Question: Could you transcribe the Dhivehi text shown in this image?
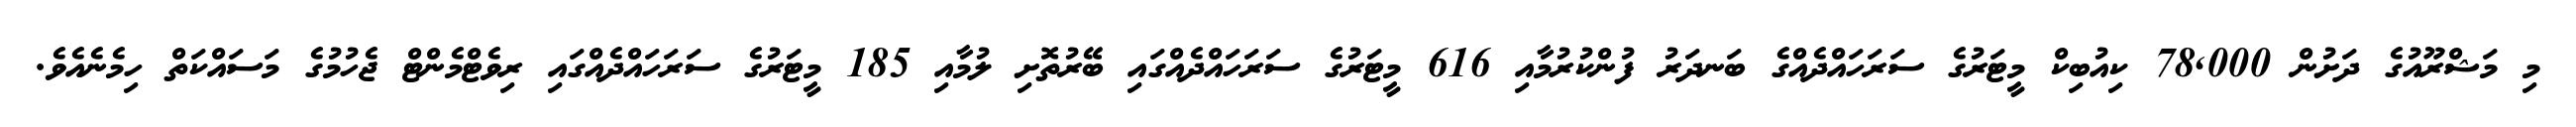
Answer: މި މަޝްރޫއުގެ ދަށުން 78,000 ކިއުބިކް މީޓަރުގެ ސަރަހައްދެއްގެ ބަނދަރު ފުންކުރުމާއި 616 މީޓަރުގެ ސަރަހައްދެއްގައި ބޭރުތޮށި ލުމާއި 185 މީޓަރުގެ ސަރަހައްދެއްގައި ރިވެޓްމެންޓް ޖެހުމުގެ މަސައްކަތް ހިމެނެއެވެ.